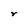
Character: r